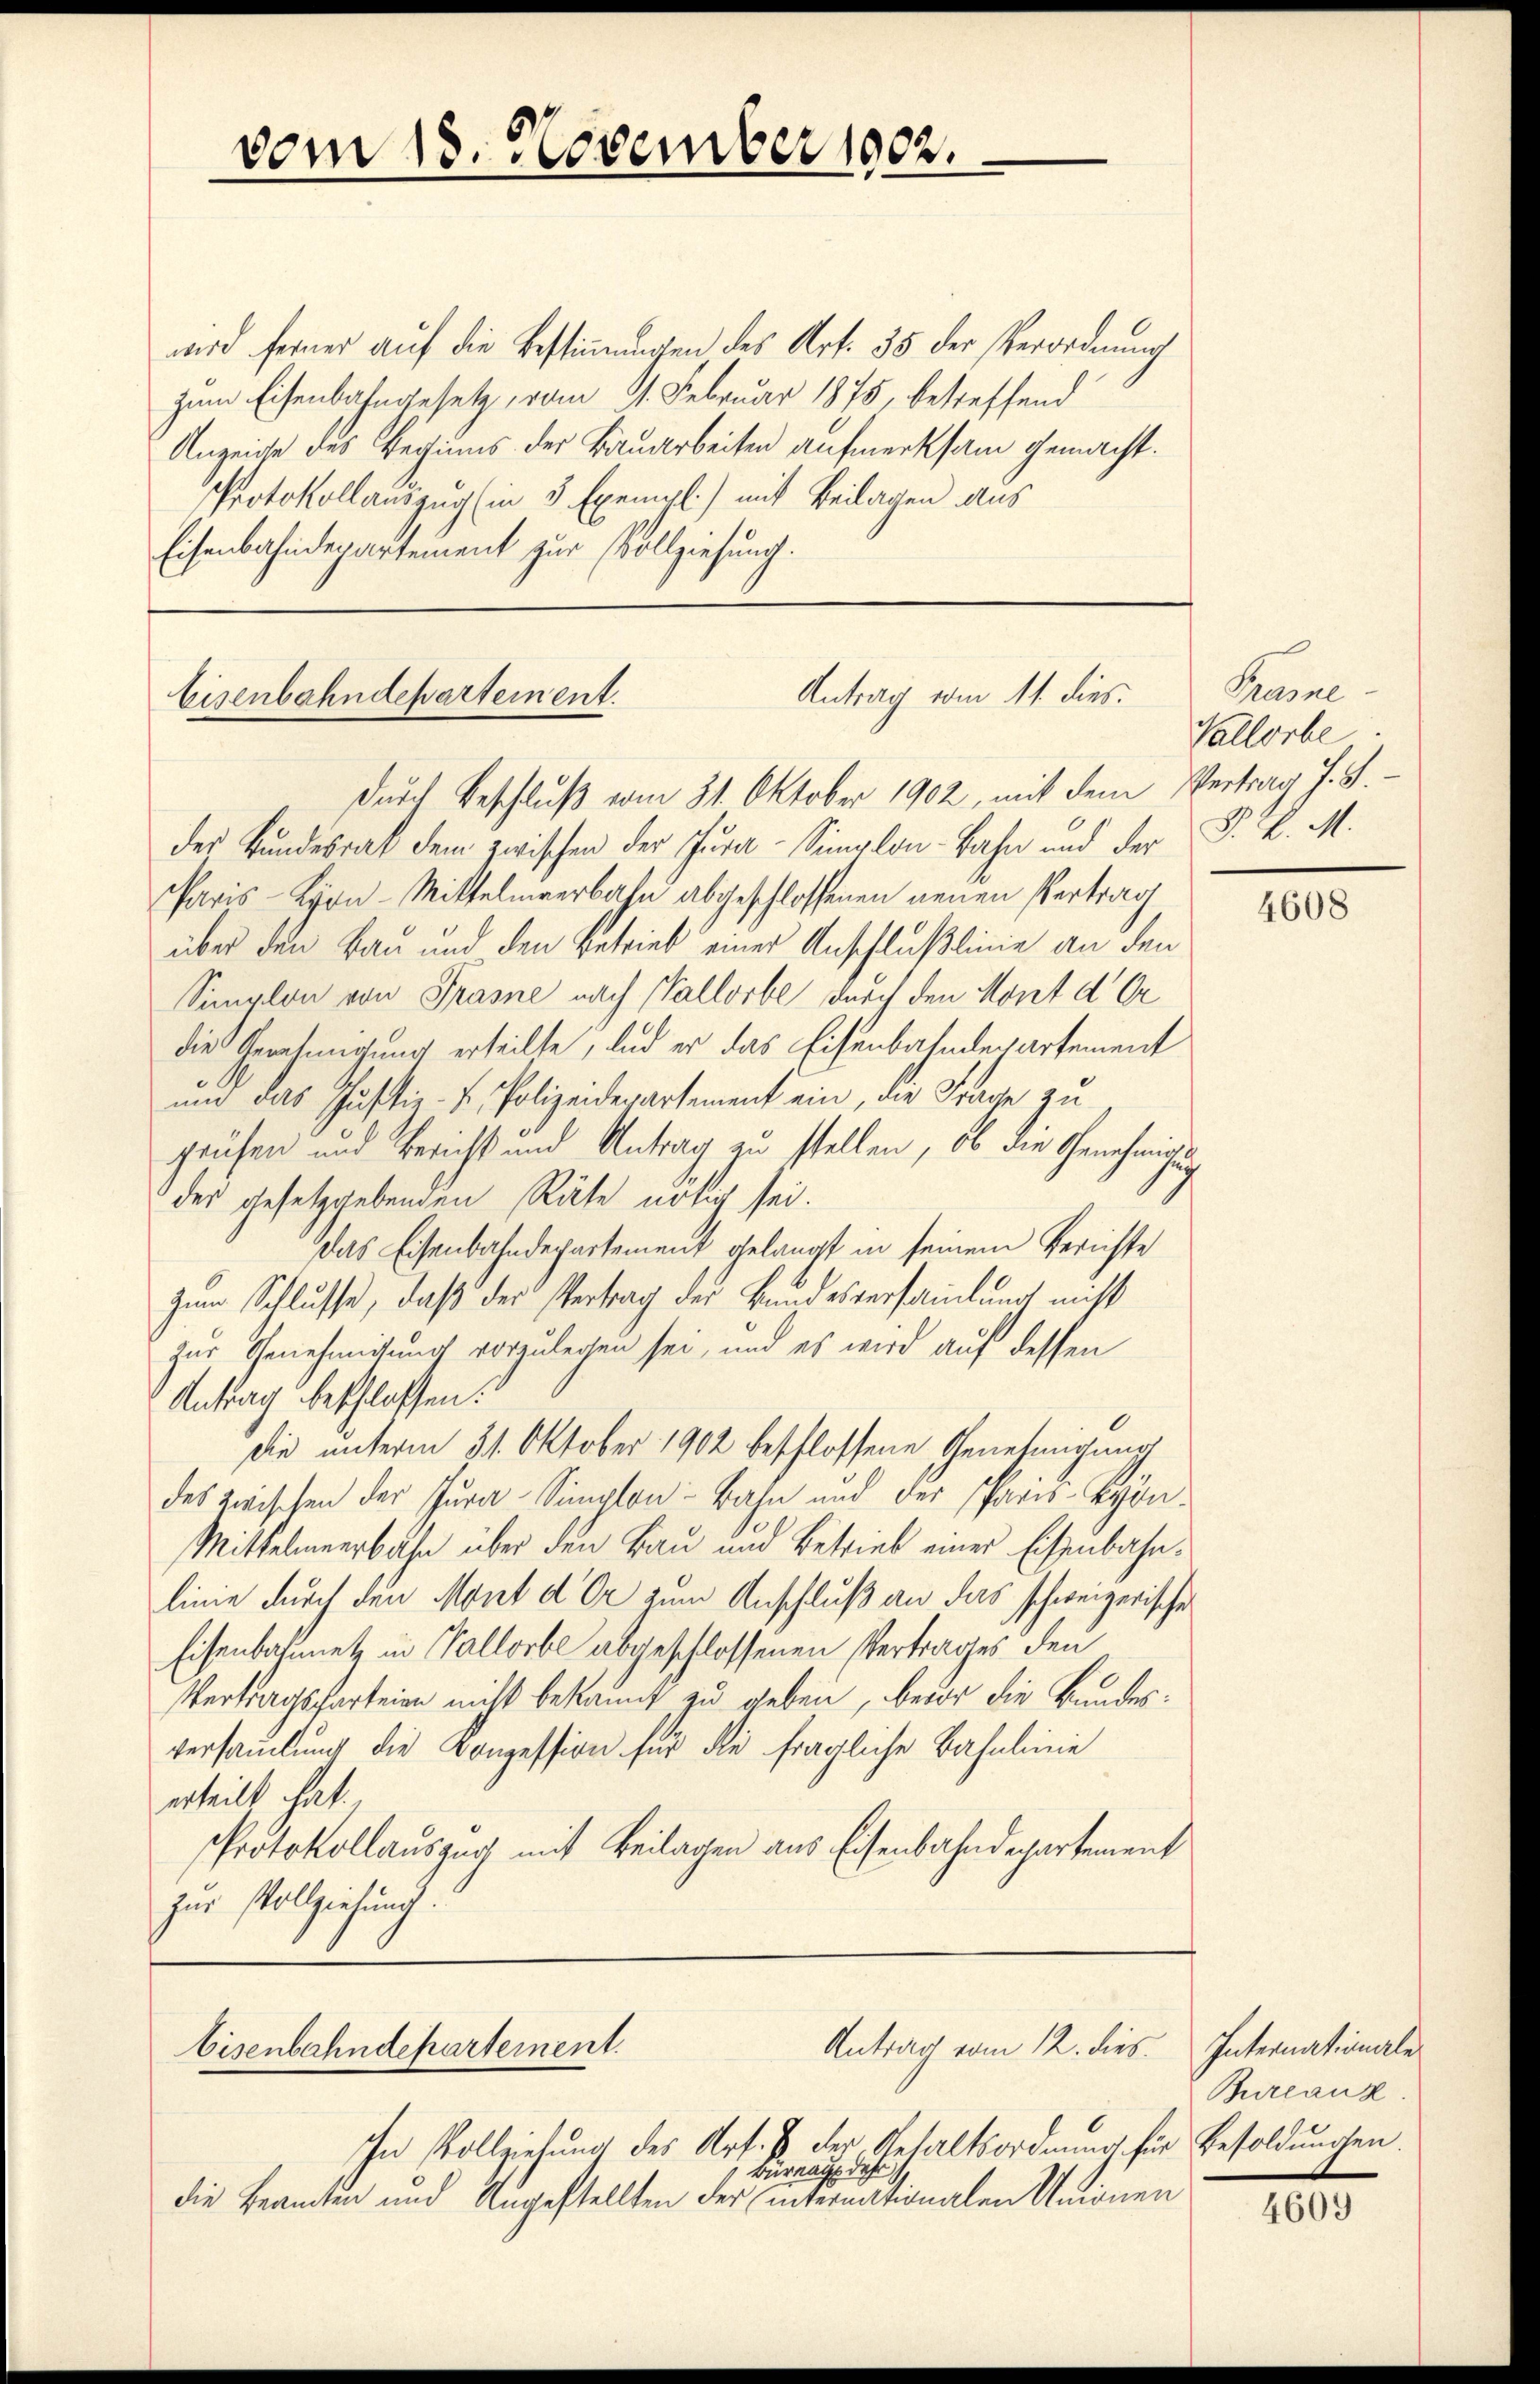
Antrag vom 11. dies
Eisenbahndepartement.
durch Beschluß vom 31. Oktober 1902, mit dem Vertrag J. S.

vom 18. November 1902.

wird ferner auf die Bestimmungen des Art. 35 der Verordnung
zum Eisenbahngesetz, vom 11. Februar 1875, betreffend
Anzeige des Beginns der Bauarbeiten aufmerksam gemacht.
Protokollauszug (in 3 Exempl.) mit Beilagen aus
Eisenbahndepartement zur Vollziehung.

der Bundesrat dem zwischen der Jura-Simplon-Bahn und der
Paris - Lyon-Mittelmeerbahn abgeschlossenen neuen Vertrag
über den Bau und den Betrieb einer Anschlußlinie an den
Simplon von Prase nach Vallorbe durch den Kont der
die Genehmigung erteilte, und er das Eisenbahndepartement
e
um das Justiz- & Polizeiderartement ein, die Frage zu
prüfen und Bericht und Antrag zu stellen, ob die Genehmige
der gesetzgebenden Räte nötig sei.
Das Eisenbahndepartement gelangt in seinem Berichte
Zum Schlusse, daß der Vertrag der Bundesversammlung nicht
zur Genehmigung vorzulegen sei, und es wird auf dessen
Antrag beschlossen:
die unterm 31. Oktober 1902 beschlossene Genehmigung
des zwischen der Jura-Simplon - Bahn und der Paris-Byön.
Mittelmeerbahn über den Bau und Betrieb einer Eisenbahnlinie durch den Mont der zum Anschluß an das schweizerische
Eisenbahnnetz in Vallorbe abgeschlossenen Vertrages den
Vertragsparteien nicht bekannt zu geben, bevor die Bundesversammlung die Konzession für die fragliche Bahnlinie
erteilt hat.
Protokollauszug mit Beilagen aus Eisenbahndepartement
zur Vollziehung.

Antrag vom 12. dies Internationale
Eisenbahndepartement.
In Vollziehung des Art. 1 der Gehaltsordnung für Besoldungen.
Bürnach der

die Beamten und Ungestellten der internationalen Unionen

Prasne
Vallorbe
P. P. M.

4608

Bureauz.

4609